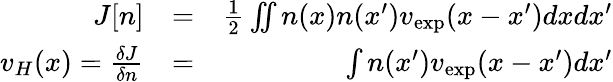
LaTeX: \begin{array}{rlr}{J[n]}&{=}&{\frac{1}{2}\iint n(x)n(x^{\prime})v_{\mathrm{exp}}(x-x^{\prime})dxdx^{\prime}}\\ {v_{H}(x)=\frac{\delta J}{\delta n}}&{=}&{\int n(x^{\prime})v_{\mathrm{exp}}(x-x^{\prime})dx^{\prime}}\end{array}